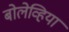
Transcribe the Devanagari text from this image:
बोलेव्हिया